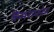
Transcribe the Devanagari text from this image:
कैमराफोन